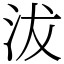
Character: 沷